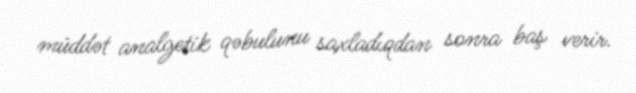
müddət analgetik qəbulunu saxladıqdan sonra baş verir.